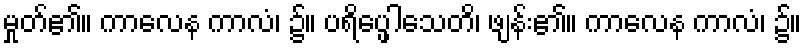
မှုတ်၏။ ကာလေန ကာလံ၊ ၌။ ပရိပ္ဖေါသေတိ၊ ဖျန်း၏။ ကာလေန ကာလံ၊ ၌။